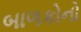
બાળકોનો